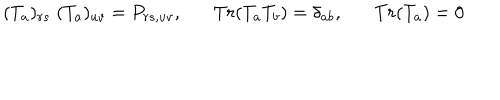
LaTeX: ( T _ { a } ) _ { r s } \; ( T _ { a } ) _ { u v } = P _ { r s , u v } , T r ( T _ { a } T _ { b } ) = \delta _ { a b } , T r ( T _ { a } ) = 0